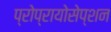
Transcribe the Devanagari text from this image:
प्रोप्रायोसेप्शन